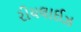
રીયલાઈઝ